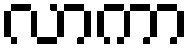
လာကာ